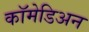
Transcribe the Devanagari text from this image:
कॉमेडिअन